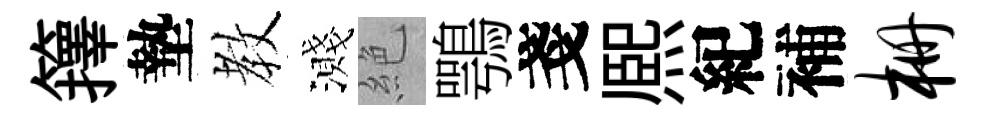
籜墊教濺絶鶚戔熈紀補栅